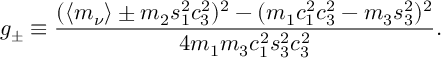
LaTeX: g _ { \pm } \equiv \frac { ( \langle m _ { \nu } \rangle \pm m _ { 2 } s _ { 1 } ^ { 2 } c _ { 3 } ^ { 2 } ) ^ { 2 } - ( m _ { 1 } c _ { 1 } ^ { 2 } c _ { 3 } ^ { 2 } - m _ { 3 } s _ { 3 } ^ { 2 } ) ^ { 2 } } { 4 m _ { 1 } m _ { 3 } c _ { 1 } ^ { 2 } s _ { 3 } ^ { 2 } c _ { 3 } ^ { 2 } } .